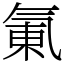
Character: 氭